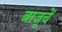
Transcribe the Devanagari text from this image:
बाजूचें